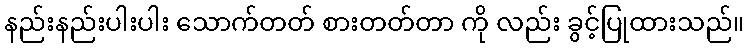
နည်းနည်းပါးပါး သောက်တတ် စားတတ်တာ ကို လည်း ခွင့်ပြုထားသည်။